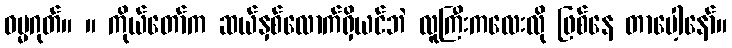
ဓမ္မဂုတ်။ ။ ကိုယ်တော်က ဆယ်နှစ်လောက်ရှိယင်ဘဲ လူကြီးကလေးလို ဖြစ်နေ တာပေါ့နော်။